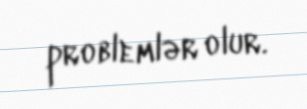
problemlər olur.